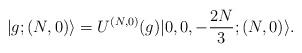
LaTeX: \begin{align*}|g;(N,0)\rangle=U^{(N,0)}(g)|0,0,-\frac{2N}{3};(N,0)\rangle.\end{align*}